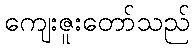
ကျေးဇူးတော်သည်